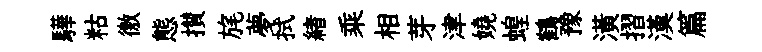
驊䊀徼態攅旄夢拭緖乘相芽津嬈蝗鶴豫潢摺漢篇